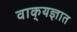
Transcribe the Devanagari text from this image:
वाक्‌यज्ञात